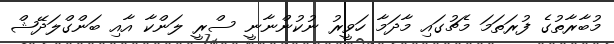
މުބާރާތުގެ ފުރަތަމަ މެޗުގައި މާދަމާ ހަވީރު ނުކުންނާނީ ސްރީ ލަންކާ އާއި ބަންގްލަދޭޝް